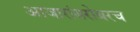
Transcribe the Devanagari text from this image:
आजारांबरोबरच